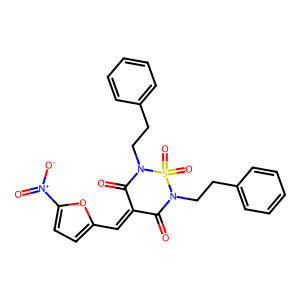
SMILES: O=C1C(=Cc2ccc([N+](=O)[O-])o2)C(=O)N(CCc2ccccc2)S(=O)(=O)N1CCc1ccccc1
Inhibits HIV replication: No